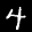
Label: 4